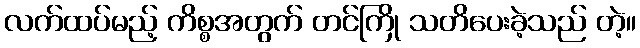
လက်ထပ်မည့် ကိစ္စအတွက် တင်ကြို သတိပေးခဲ့သည် တဲ့။